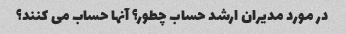
در مورد مدیران ارشد حساب چطور؟ آنها حساب می کنند؟